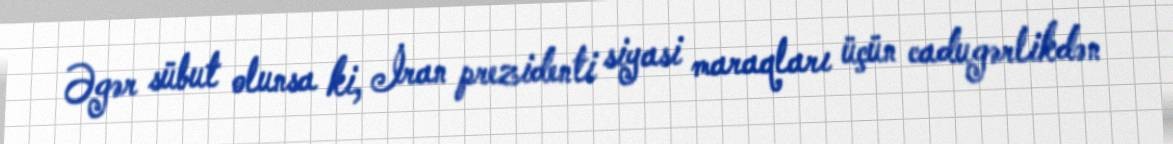
Əgər sübut olunsa ki, İran prezidenti siyasi maraqları üçün cadugərlikdən